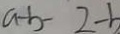
a - b - 2 - b